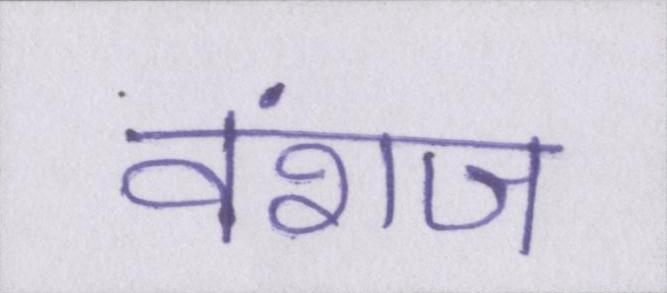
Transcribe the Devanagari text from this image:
वंशज